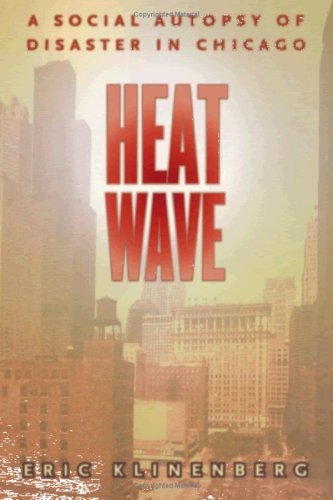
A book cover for Heat Wave: A Social Autopsy of Disaster in Chicago; Eric Klinenberg; Parenting & Relationships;